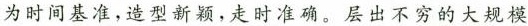
为时间基准，造型新颖，走时准确。层出不穷的大规模